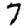
Digit: 7